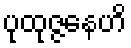
ပုထုဇ္ဇနေဟိ